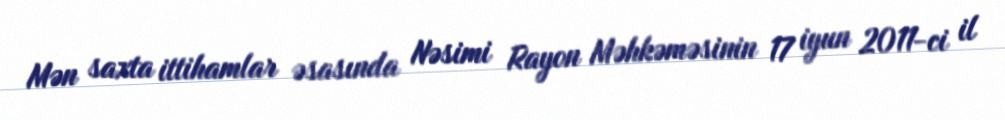
Mən saxta ittihamlar əsasında Nəsimi Rayon Məhkəməsinin 17 iyun 2011-ci il